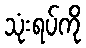
သုံးရပ်ကို